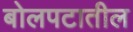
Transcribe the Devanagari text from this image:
बोलपटातील